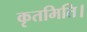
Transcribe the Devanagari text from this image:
कृतमिति।